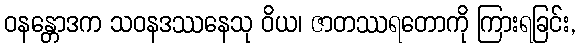
ဝနန္တောဒက သဝနဒဿနေသု ဝိယ၊ ဇာတဿရတောကို ကြားရခြင်း,